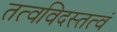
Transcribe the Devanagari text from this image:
तत्वविदस्तत्वं